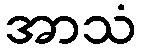
အာသံ